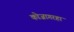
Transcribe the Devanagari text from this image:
कोजागरहा